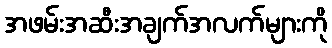
အဖမ်းအဆီးအချက်အလက်များကို